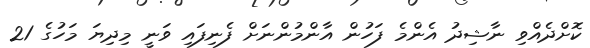
ކޮށްދެއްވި ނާޝިދު އެންމެ ފަހުން އާންމުންނަށް ފެނިފައި ވަނީ މިދިޔަ މަހުގެ 21